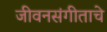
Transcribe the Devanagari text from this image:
जीवनसंगीताचे